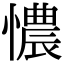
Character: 憹